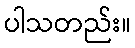
ပါသတည်း။